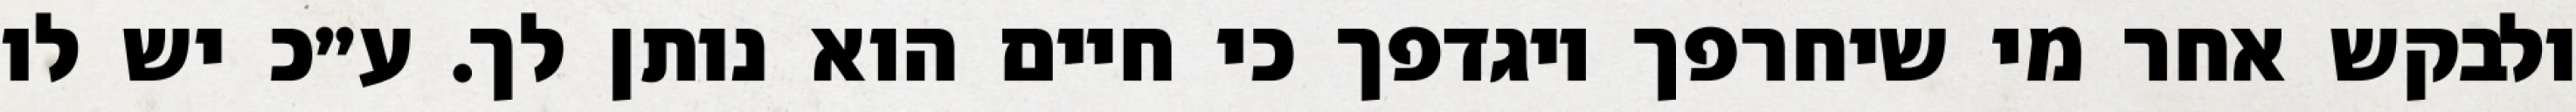
ולבקש אחר מי שיחרפך ויגדפך כי חיים הוא נותן לך. ע״כ יש לו